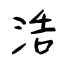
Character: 浩